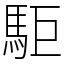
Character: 駏